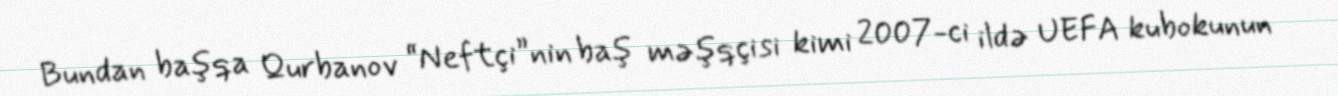
Bundan başqa Qurbanov “Neftçi”nin baş məşqçisi kimi 2007-ci ildə UEFA kubokunun